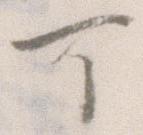
可